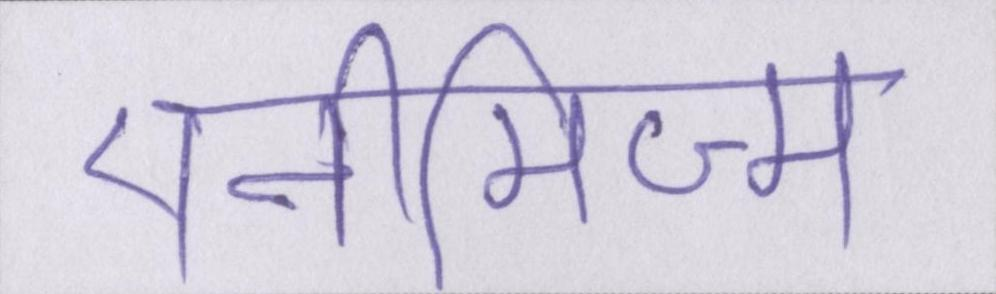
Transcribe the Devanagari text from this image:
एनीमिज्म